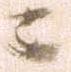
ニ